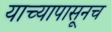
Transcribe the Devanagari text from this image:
याच्यापासूनच